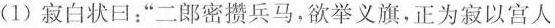
(1)寂白状曰：“二郎密攒兵马，欲举义旗，正为寂以宫人